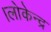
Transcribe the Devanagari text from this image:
।लोकेन्द्र